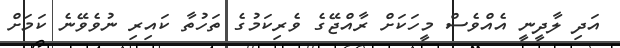
އަދި ލާދީނީ އެއްވެސް މީހަކަށް ރާއްޖޭގެ ވެރިކަމުގެ ތަހުތާ ކައިރި ނުވެވޭނެ ކަމަށް